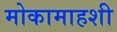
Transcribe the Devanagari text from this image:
मोकामाहशी